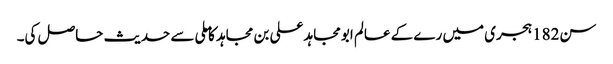
سن182ہجری میں رے کے عالم ابومجاہد علی بن مجاہد کا ملی سے حدیث حاصل کی۔